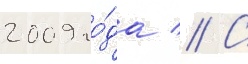
2009 го́да // С